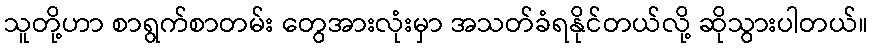
သူတို့ဟာ စာရွက်စာတမ်း တွေအားလုံးမှာ အသတ်ခံရနိုင်တယ်လို့ ဆိုသွားပါတယ်။